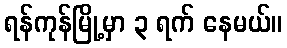
ရန်ကုန်မြို့မှာ ၃ ရက် နေမယ်။